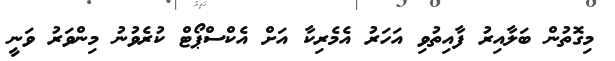
މިގޮތުން ބަލާއިރު ފާއިތުވި އަހަރު އެމެރިކާ އަށް އެކްސްޕޯޓް ކުރެވުނު މިންވަރު ވަނީ